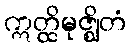
ဣတ္ထိမုဇ္ဈိတံ